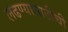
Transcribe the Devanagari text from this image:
लढण्यासाठीची